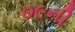
૦૯ની